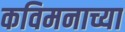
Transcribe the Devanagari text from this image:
कविमनाच्या